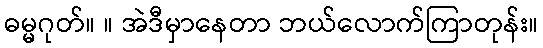
ဓမ္မဂုတ်။ ။ အဲဒီမှာနေတာ ဘယ်လောက်ကြာတုန်း။